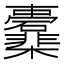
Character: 𣡖